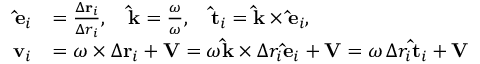
{ \begin{array} { r l } { \mathbf { \hat { e } } _ { i } } & { = { \frac { \Delta \mathbf { r } _ { i } } { \Delta r _ { i } } } , \quad \mathbf { \hat { k } } = { \frac { \boldsymbol { \omega } } { \omega } } , \quad \mathbf { \hat { t } } _ { i } = \mathbf { \hat { k } } \times \mathbf { \hat { e } } _ { i } , } \\ { \mathbf { v } _ { i } } & { = { \boldsymbol { \omega } } \times \Delta \mathbf { r } _ { i } + \mathbf { V } = \omega \mathbf { \hat { k } } \times \Delta r _ { i } \mathbf { \hat { e } } _ { i } + \mathbf { V } = \omega \, \Delta r _ { i } \mathbf { \hat { t } } _ { i } + \mathbf { V } } \end{array} }